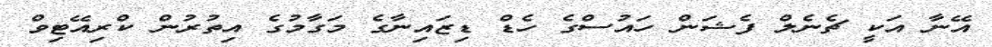
އޭނާ އަކީ ޗެނެލް ފެޝަން ހައުސްގެ ހެޑް ޑިޒައިނާގެ މަގާމުގެ އިތުރުން ކްރިއޭޓިވް